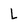
Character: L